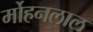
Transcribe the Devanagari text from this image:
र्मोहनलाल